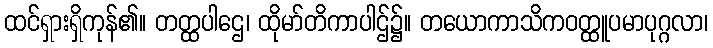
ထင်ရှားရှိကုန်၏။ တတ္ထပါဌေ၊ ထိုမာ်တိကာပါဌ်၌။ တယောကာသိကဝတ္ထူပမာပုဂ္ဂလာ၊